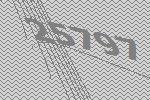
25797